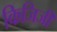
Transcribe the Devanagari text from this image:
किजिजी